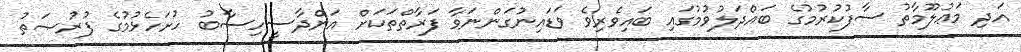
އަދި މަޢުލޫމާތު ސާފުކުރުމުގެ ބައްދަލުވުމުގައި ބައިވެރިވެ ވަޑައިނުގަންނަވާ ފަރާތްތަކަށް އަންދާސީހިސާބު ހުށަހެޅުމުގެ ފުރުޞަތު